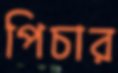
পিচার